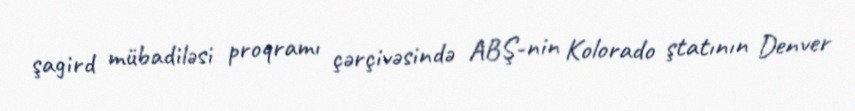
şagird mübadiləsi proqramı çərçivəsində ABŞ-nin Kolorado ştatının Denver